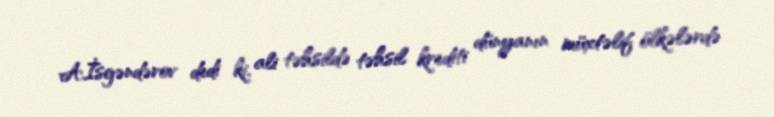
A.İsgəndərov dedi ki, ali təhsildə təhsil krediti dünyanın müxtəlif ölkələrdə